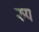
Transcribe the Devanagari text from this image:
रुप